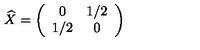
\widehat { X } = \left( \begin{array} { c c } { 0 } & { 1 / 2 } \\ { 1 / 2 } & { 0 } \\ \end{array} \right)